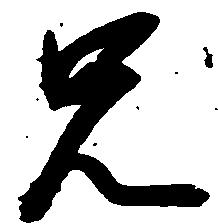
兄